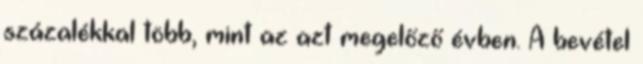
százalékkal több, mint az azt megelőző évben. A bevétel